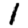
Digit: 1